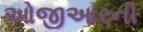
ઓજીઆરની